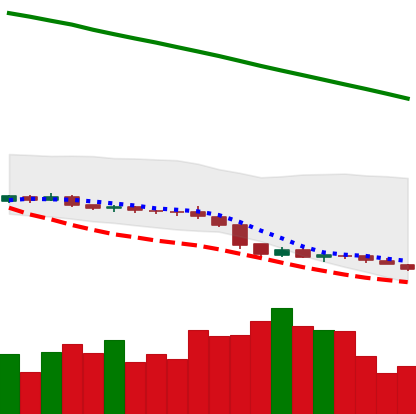
Ticker: XLM-USD
Chart end date: 2019-02-05
Forward return: 3.224%
Label: up_3_5